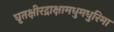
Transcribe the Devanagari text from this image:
घृतक्षीरद्राक्षामधुमधुरिमा